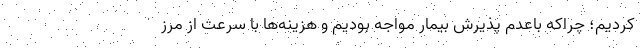
کردیم؛ چراکه باعدم پذیرش بیمار مواجه بودیم و هزینه‌ها با سرعت از مرز